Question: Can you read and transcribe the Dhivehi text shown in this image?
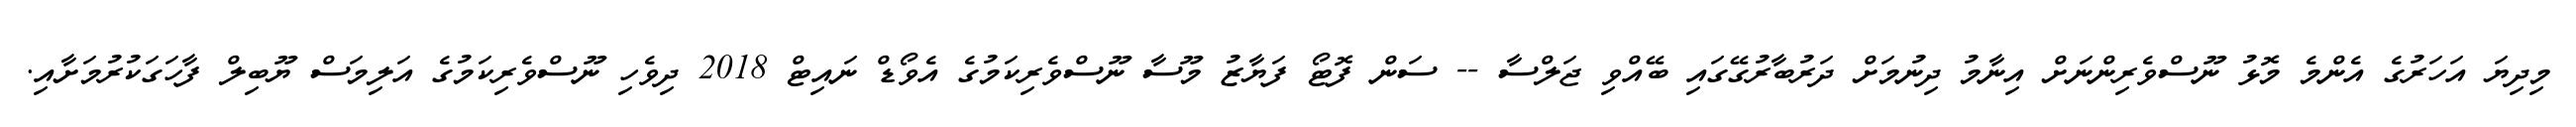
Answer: މިދިޔަ އަހަރުގެ އެންމެ މޮޅު ނޫސްވެރިންނަށް އިނާމު ދިނުމަށް ދަރުބާރުގޭގައި ބޭއްވި ޖަލްސާ -- ސަން ފޮޓޯ ފަޔާޒު މޫސާ ނޫސްވެރިކަމުގެ އެވޯޑް ނައިޓް 2018 ދިވެހި ނޫސްވެރިކަމުގެ އަލިމަސް ޔޫބިލް ފާހަގަކުރުމަށާއި.